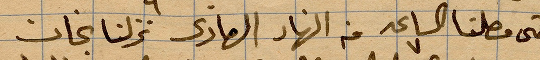
حتى وصلنا الساعة ٧ من النهار الحادي نزلنا نجان